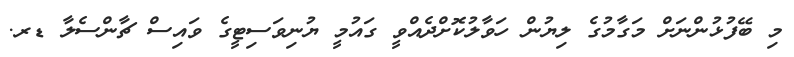
މި ބޭފުޅުންނަށް މަގާމުގެ ލިޔުން ހަވާލުކޮށްދެއްވީ ގައުމީ ޔުނިވަސިޓީގެ ވައިސް ޗާންސެލާ ޑރ.